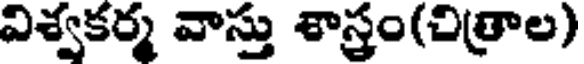
విశ్వకర్మ వాస్తు శాస్త్రం(చిత్రాల)